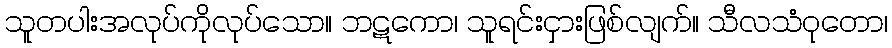
သူတပါးအလုပ်ကိုလုပ်သော။ ဘဋကော၊ သူရင်းငှားဖြစ်လျက်။ သီလသံဝုတော၊